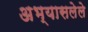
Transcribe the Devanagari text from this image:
अभ्यासलेले